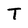
Character: T